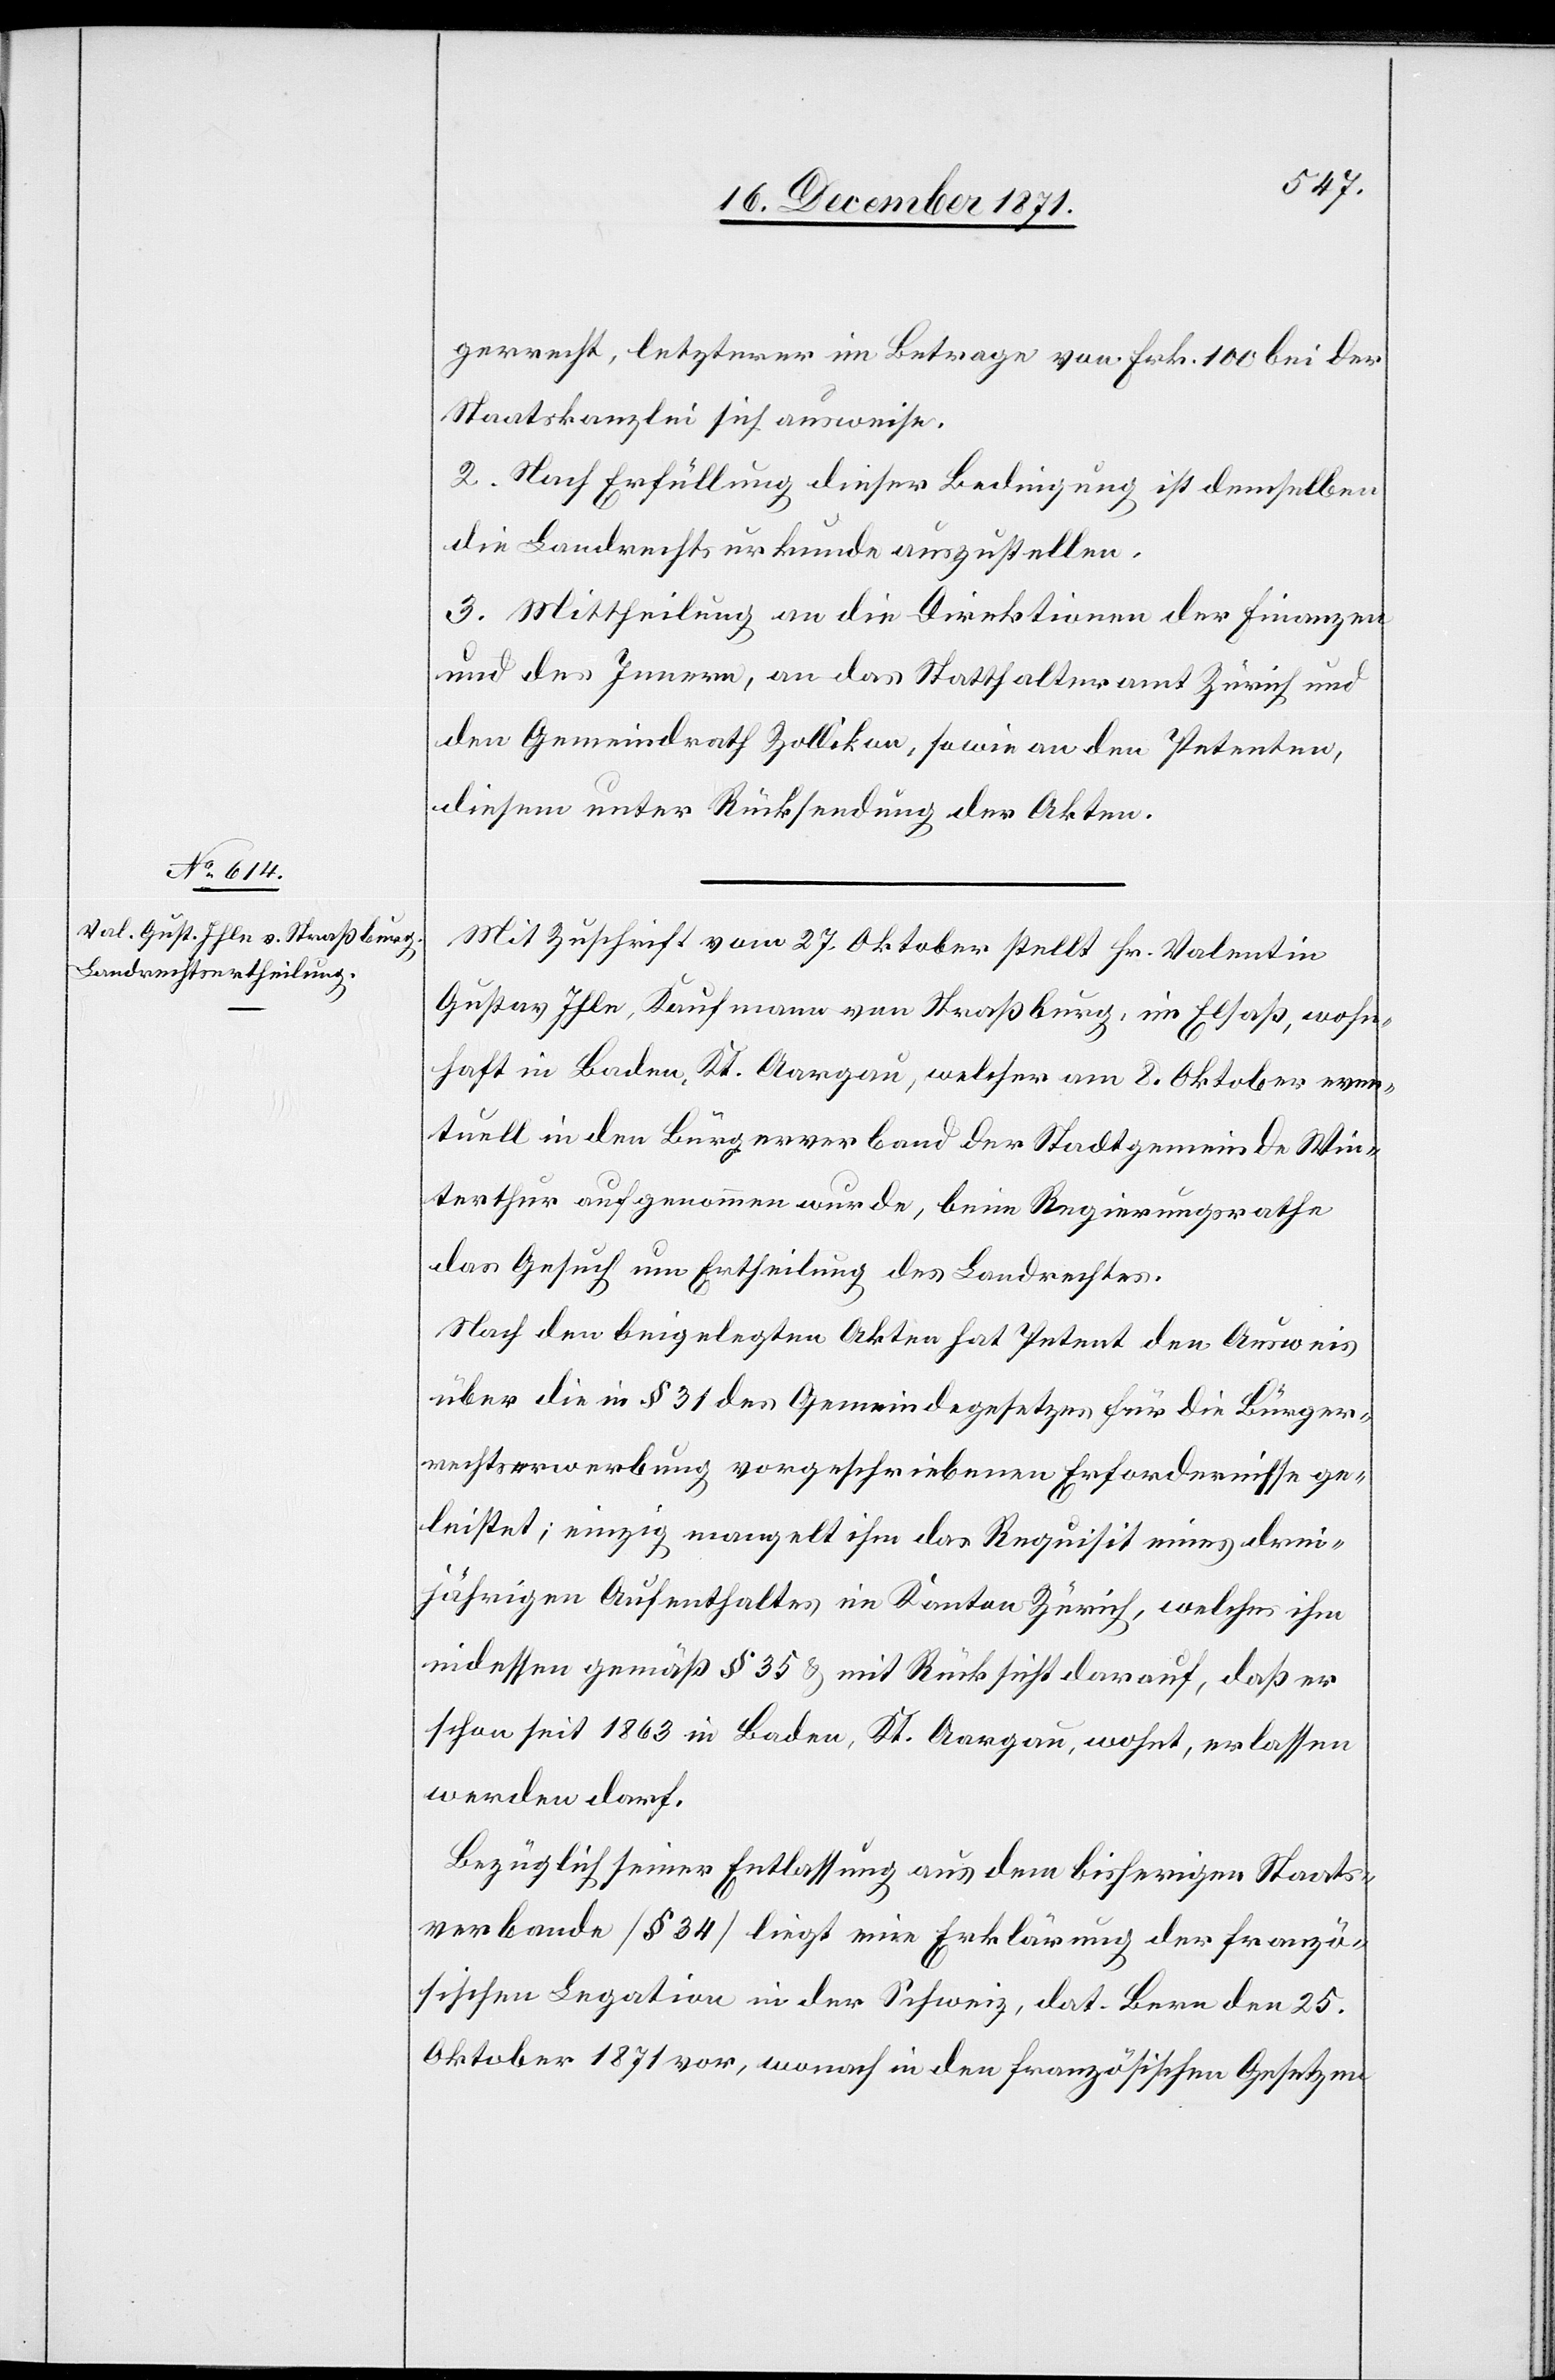
gerrecht, letzterer im Betrage von Frk. 100 bei der
Staatskanzlei sich ausweise.
2. Nach Erfüllung dieser Bedingung ist demselben
die Landrechtsurkunde auszustellen.
3. Mittheilung an die Direktionen der Finanzen
und des Innnern, an das Statthalteramt Zürich und
den Gemeindrath Zollikon, sowie an den Petenten,
diesem unter Rücksendung der Akten.